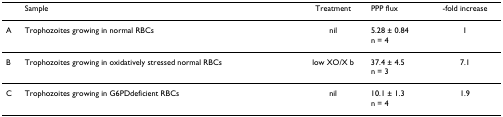
<table><thead><tr><td></td><td><b>Sample</b></td><td><b>Treatment</b></td><td><b>PPP flux</b></td><td><b>-fold increase</b></td></tr></thead><tbody><tr><td>A</td><td>Trophozoites growing in normal RBCs</td><td>nil</td><td>5.28 ± 0.84n = 4</td><td>1</td></tr><tr><td>B</td><td>Trophozoites growing in oxidatively stressed normal RBCs</td><td>low XO/X b</td><td>37.4 ± 4.5n = 3</td><td>7.1</td></tr><tr><td>C</td><td>Trophozoites growing in G6PDdeficient RBCs</td><td>nil</td><td>10.1 ± 1.3n = 4</td><td>1.9</td></tr></tbody></table>